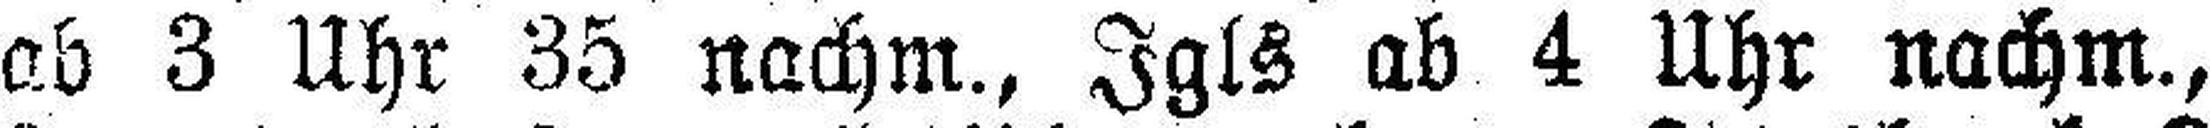
ab 3 Uhr 35 nachm., Igls ab 4 Uhr nachm.,